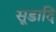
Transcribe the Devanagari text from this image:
सूडादि